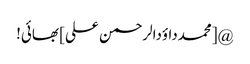
@[محمدداؤدالرحمن علی] بھائی!